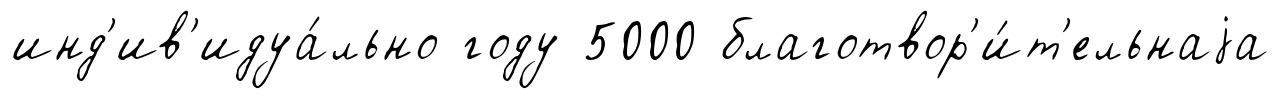
инд'ив'идуа́льно году 5000 благотвор'и́т'ельнаjа